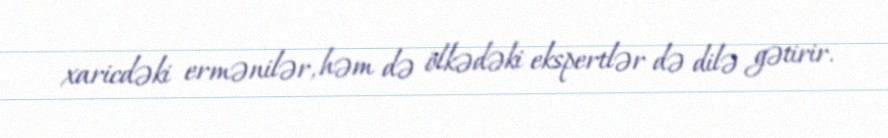
xaricdəki ermənilər, həm də ölkədəki ekspertlər də dilə gətirir.